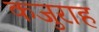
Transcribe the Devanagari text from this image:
कजुराह